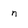
Character: n